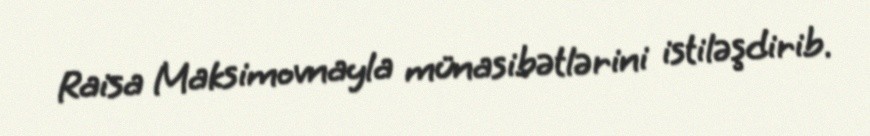
Raisa Maksimovnayla münasibətlərini istiləşdirib.